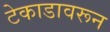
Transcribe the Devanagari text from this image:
टेकाडावरून